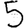
Digit: 5